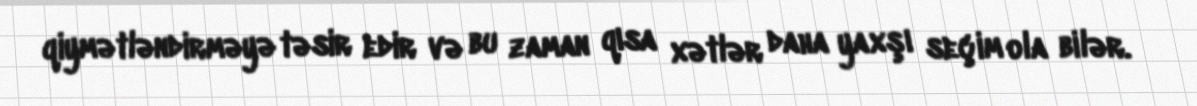
qiymətləndirməyə təsir edir və bu zaman qısa xətlər daha yaxşı seçim ola bilər.